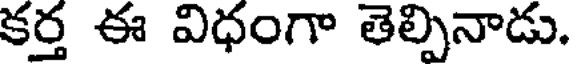
కర్త ఈ విధంగా తెల్పినాడు.